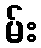
မ်း